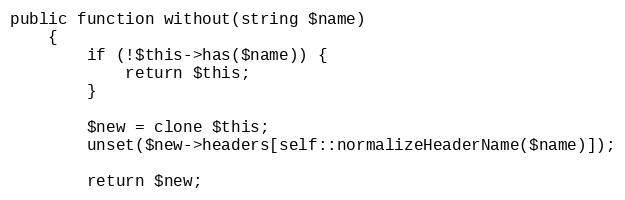
Language: PHP
public function without(string $name)
	{
		if (!$this->has($name)) {
			return $this;
		}

		$new = clone $this;
		unset($new->headers[self::normalizeHeaderName($name)]);

		return $new;